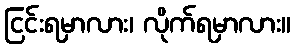
ငြင်းရမှာလား၊ လိုက်ရမှာလား။